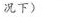
况下）